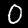
Label: 0